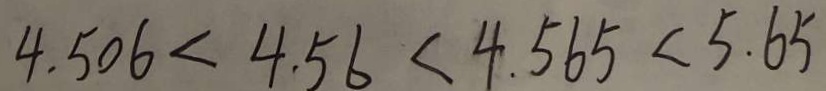
4 . 5 0 6 < 4 . 5 6 < 4 . 5 6 < 5 . 6 5